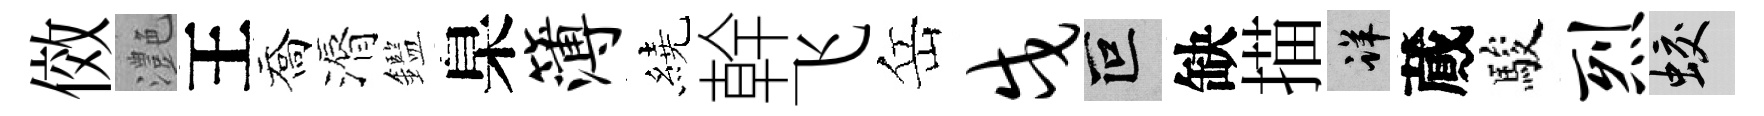
傚灔王喬漘鑑臬簿繞幹飞岳戍叵缺描详蕆駿烈蛟